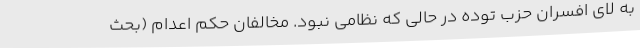
به لای افسران حزب توده در حالی که نظامی نبود. مخالفان حکم اعدام (بحث